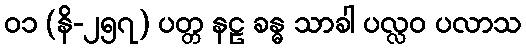
၀၁ (နိ-၂၅၇) ပတ္တ နဠ ခန္ဓ သာခါ ပလ္လဝ ပလာသ